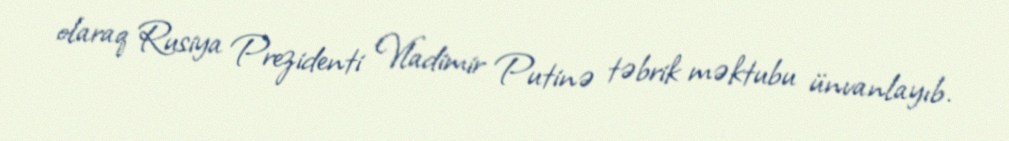
olaraq Rusiya Prezidenti Vladimir Putinə təbrik məktubu ünvanlayıb.